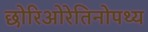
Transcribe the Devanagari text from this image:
छोरिओरेतिनोपथ्य